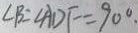
\angle B = \angle A D F = 9 0 ^ { \circ }